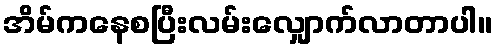
အိမ်ကနေစပြီးလမ်းလျှောက်လာတာပါ။